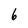
Character: 6